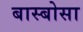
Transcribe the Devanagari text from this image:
बास्बोसा